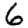
Digit: 6